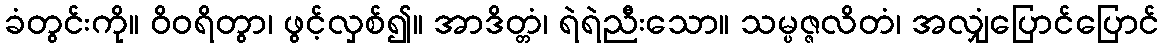
ခံတွင်းကို။ ဝိဝရိတွာ၊ ဖွင့်လှစ်၍။ အာဒိတ္တံ၊ ရဲရဲညီးသော။ သမ္ပဇ္ဇလိတံ၊ အလျှံပြောင်ပြောင်